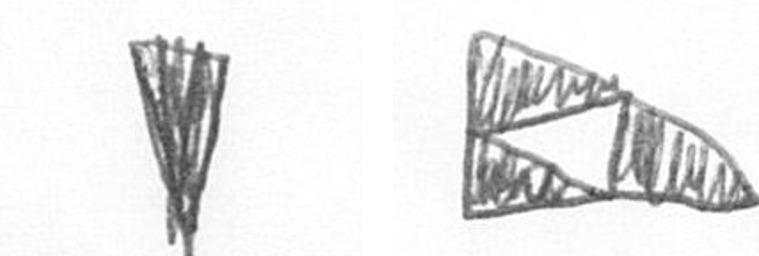
J K